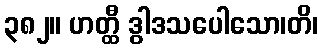
၃၈၂။ ဟတ္ထီ ဒွါဒသပေါသော၊တိ၊